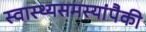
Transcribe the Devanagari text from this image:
स्वास्थ्यसमस्यांपैकी